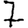
Digit: 7